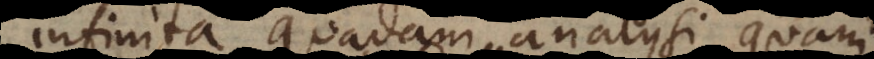
infinita quadam analysi, quam